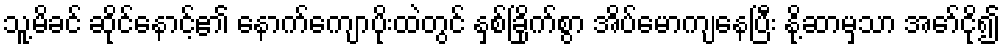
သူ့မိခင် ဆိုင်နောင့်၏ နောက်ကျောပိုးထဲတွင် နှစ်ခြိုက်စွာ အိပ်မောကျနေပြီး နို့ဆာမှသာ အော်ငို၍